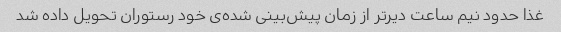
غذا حدود نیم ساعت دیرتر از زمان پیش‌بینی شده‌ی خود رستوران تحویل داده شد